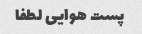
پست هوایی لطفا